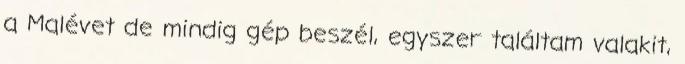
a Malévet de mindig gép beszél, egyszer találtam valakit,